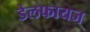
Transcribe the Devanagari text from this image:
डेलफायज